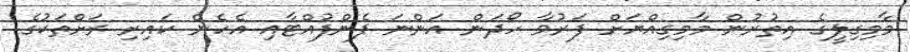
މާމިގިލީގެ އިތުރުން މާމިގިއްޔަށް ފަރުވާ ހޯދަން އަންނަ ފެންފުއްޓާއި އެހެން ކައިރި ރަށްތަކުގެ